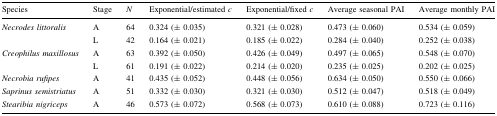
<table><thead><tr><td><b>Species</b></td><td><b>Stage</b></td><td><b><i>N</i></b></td><td><b>Exponential/estimated <i>c</i></b></td><td><b>Exponential/fixed <i>c</i></b></td><td><b>Average seasonal PAI</b></td><td><b>Average monthly PAI</b></td></tr></thead><tbody><tr><td><i>Necrodes littoralis</i></td><td>A</td><td>64</td><td>0.324 (± 0.035)</td><td>0.321 (± 0.028)</td><td>0.473 (± 0.060)</td><td>0.534 (± 0.059)</td></tr><tr><td></td><td>L</td><td>42</td><td>0.164 (± 0.021)</td><td>0.185 (± 0.022)</td><td>0.284 (± 0.040)</td><td>0.252 (± 0.038)</td></tr><tr><td><i>Creophilus maxillosus</i></td><td>A</td><td>63</td><td>0.392 (± 0.050)</td><td>0.426 (± 0.049)</td><td>0.497 (± 0.065)</td><td>0.548 (± 0.070)</td></tr><tr><td></td><td>L</td><td>61</td><td>0.191 (± 0.022)</td><td>0.214 (± 0.020)</td><td>0.235 (± 0.025)</td><td>0.202 (± 0.025)</td></tr><tr><td><i>Necrobia rufipes</i></td><td>A</td><td>41</td><td>0.435 (± 0.052)</td><td>0.448 (± 0.056)</td><td>0.634 (± 0.050)</td><td>0.550 (± 0.066)</td></tr><tr><td><i>Saprinus semistriatus</i></td><td>A</td><td>51</td><td>0.332 (± 0.030)</td><td>0.321 (± 0.030)</td><td>0.512 (± 0.047)</td><td>0.518 (± 0.049)</td></tr><tr><td><i>Stearibia nigriceps</i></td><td>A</td><td>46</td><td>0.573 (± 0.072)</td><td>0.568 (± 0.073)</td><td>0.610 (± 0.088)</td><td>0.723 (± 0.116)</td></tr></tbody></table>